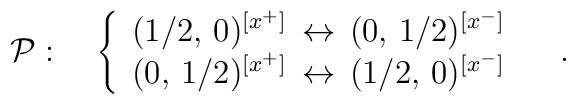
{\cal P}:\quad\left\{\begin{array}{l}(1/2,\,0)^{[x^+]}\,\leftrightarrow \,(0,\,1/2)^{[x^-]}\\(0,\,1/2)^{[x^+]}\,\leftrightarrow \,(1/2,\,0)^{[x^-]}\end{array}\right.\quad.